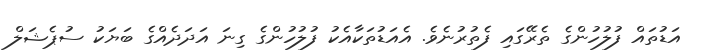
އަޑުތައް ފުލުހުންގެ ތެރޭގައި ފެތުރުނެވެ. އެއަޑުތަކާއެކު ފުލުހުންގެ ގިނަ އަދަދެއްގެ ބަޔަކު ސުޕެޝަލް